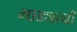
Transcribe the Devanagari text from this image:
भाड्याची